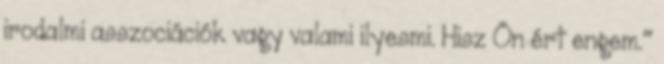
irodalmi asszociációk vagy valami ilyesmi. Hisz Ön ért engem."